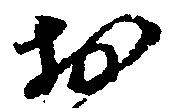
於